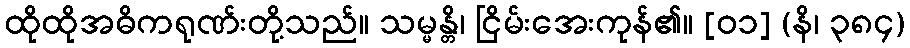
ထိုထိုအဓိကရုဏ်းတို့သည်။ သမ္မန္တိ၊ ငြိမ်းအေးကုန်၏။ [၀၁] (နိ၊ ၃၈၄)